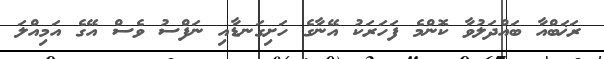
ރަޚަބްއާ ބައްދަލުވާ ކޮންމެ ފަހަރަކު އޭނާގެ ހަށިގަނޑާއި ނަފްސު ވެސް އޭގެ އަމިއްލަ